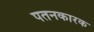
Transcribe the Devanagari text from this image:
पतनकारक